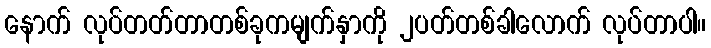
နောက် လုပ်တတ်တာတစ်ခုကမျက်နှာကို ၂ပတ်တစ်ခါလောက် လုပ်တာပါ။